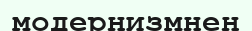
модернизмнен